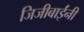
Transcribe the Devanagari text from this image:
जिजीबाईंनी